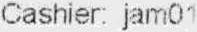
CASHIER: JAM01